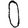
Digit: 0